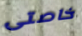
خاصتى